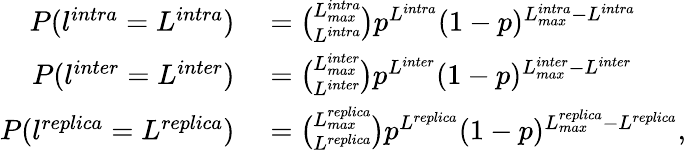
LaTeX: \begin{array}{rl}{P(l^{intra}=L^{intra})}&{{}=\binom{L_{max}^{intra}}{L^{intra}}p^{L^{intra}}(1-p)^{L_{max}^{intra}-L^{intra}}}\\ {P(l^{inter}=L^{inter})}&{{}=\binom{L_{max}^{inter}}{L^{inter}}p^{L^{inter}}(1-p)^{L_{max}^{inter}-L^{inter}}}\\ {P(l^{replica}=L^{replica})}&{{}=\binom{L_{max}^{replica}}{L^{replica}}p^{L^{replica}}(1-p)^{L_{max}^{replica}-L^{replica}},}\end{array}